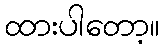
ထားပါတော့။